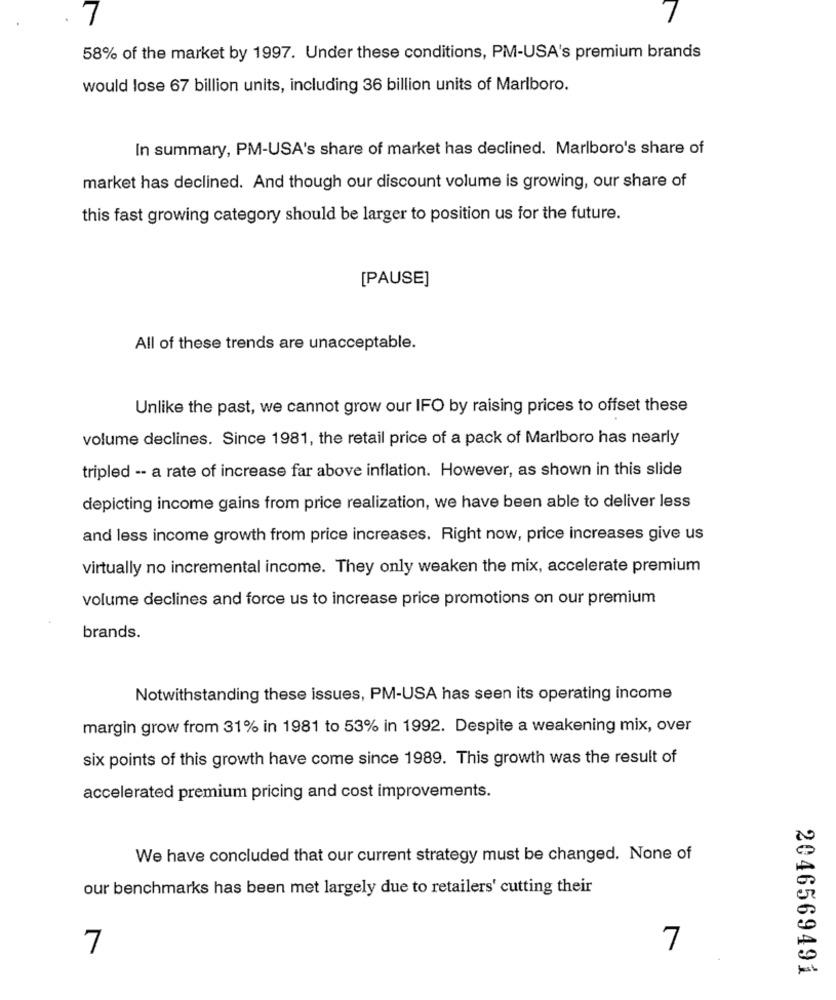
58% of the market by 1997. Under these conditions, PM-USA's premium brands
would lose 67 billion units, including 36 billion units of Marlboro.
In summary, PM-USA's share of market has declined. Marlboro's share of
market has declined. And though our discount volume is growing, our share of
this fast growing category should be larger to position us for the future.
[PAUSE]
All of these trends are unacceptable.
Unlike the past, we cannot grow our IFO by raising prices to offset these
volume declines. Since 1981, the retail price of a pack of Marlboro has nearly
tripled -- a rate of increase far above inflation. However, as shown in this slide
depicting income gains from price realization, we have been able to deliver less
and less income growth from price increases. Right now, price increases give us
virtually no incremental income. They only weaken the mix, accelerate premium
volume declines and force us to increase price promotions on our premium
brands.
Notwithstanding these issues, PM-USA has seen its operating income
margin grow from 31% in 1981 to 53% in 1992. Despite a weakening mix, over
six points of this growth have come since 1989. This growth was the result of
accelerated premium pricing and cost improvements.
We have concluded that our current strategy must be changed. None of
our benchmarks has been met largely due to retailers' cutting their
7
7
2046569491